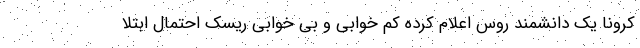
کرونا یک دانشمند روس اعلام کرده کم خوابی و بی خوابی ریسک احتمال ابتلا